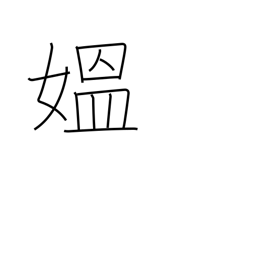
Meaning: grandma